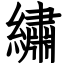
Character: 繡